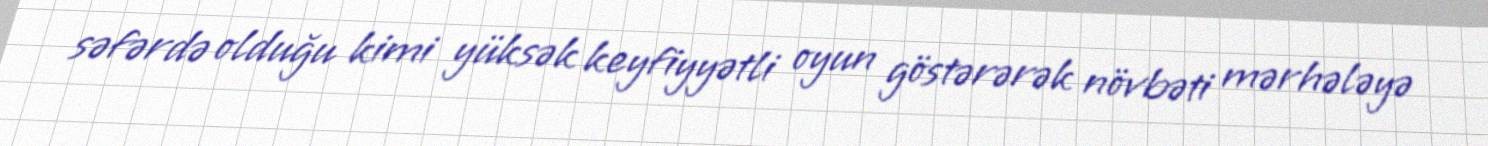
səfərdə olduğu kimi yüksək keyfiyyətli oyun göstərərək növbəti mərhələyə